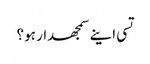
تسی اینے سمجھدار ہو؟